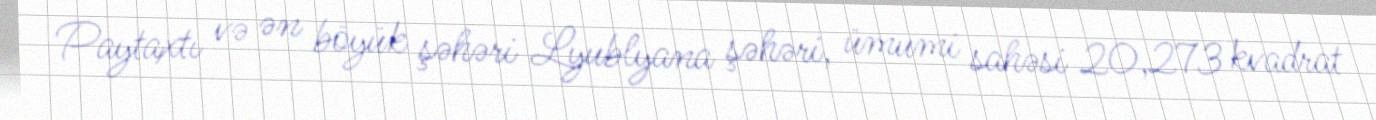
Paytaxtı və ən böyük şəhəri Lyublyana şəhəri, ümumi sahəsi 20,273 kvadrat